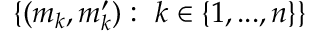
\{ ( m _ { k } , m _ { k } ^ { \prime } ) : ~ k \in \{ 1 , . . . , n \} \}